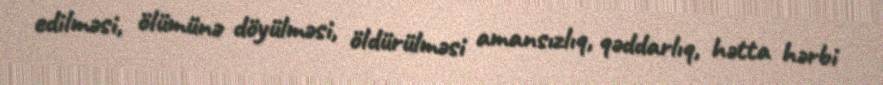
edilməsi, ölümünə döyülməsi, öldürülməsi amansızlıq, qəddarlıq, hətta hərbi